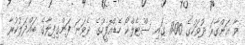
ވާ އަންގާރަ ދުވަހުގެ 11:00 ގައި ސްޓެލްކޯ ހެޑްއޮފީހުގެ ދެވަނަ ފަންގިފިލާގެ ބައްދަލުކުރާ